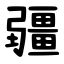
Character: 疆